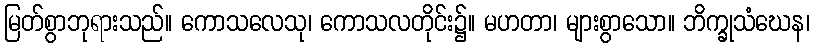
မြတ်စွာဘုရားသည်။ ကောသလေသု၊ ကောသလတိုင်း၌။ မဟတာ၊ များစွာသော။ ဘိက္ခုသံဃေန၊